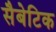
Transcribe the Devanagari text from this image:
सैबेटिक